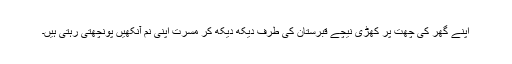
اپنے گھر کی چھت پر کھڑی نیچے قبرستان کی طرف دیکھ دیکھ کر مسرت اپنی نم آنکھیں پونچھتی رہتی ہیں۔